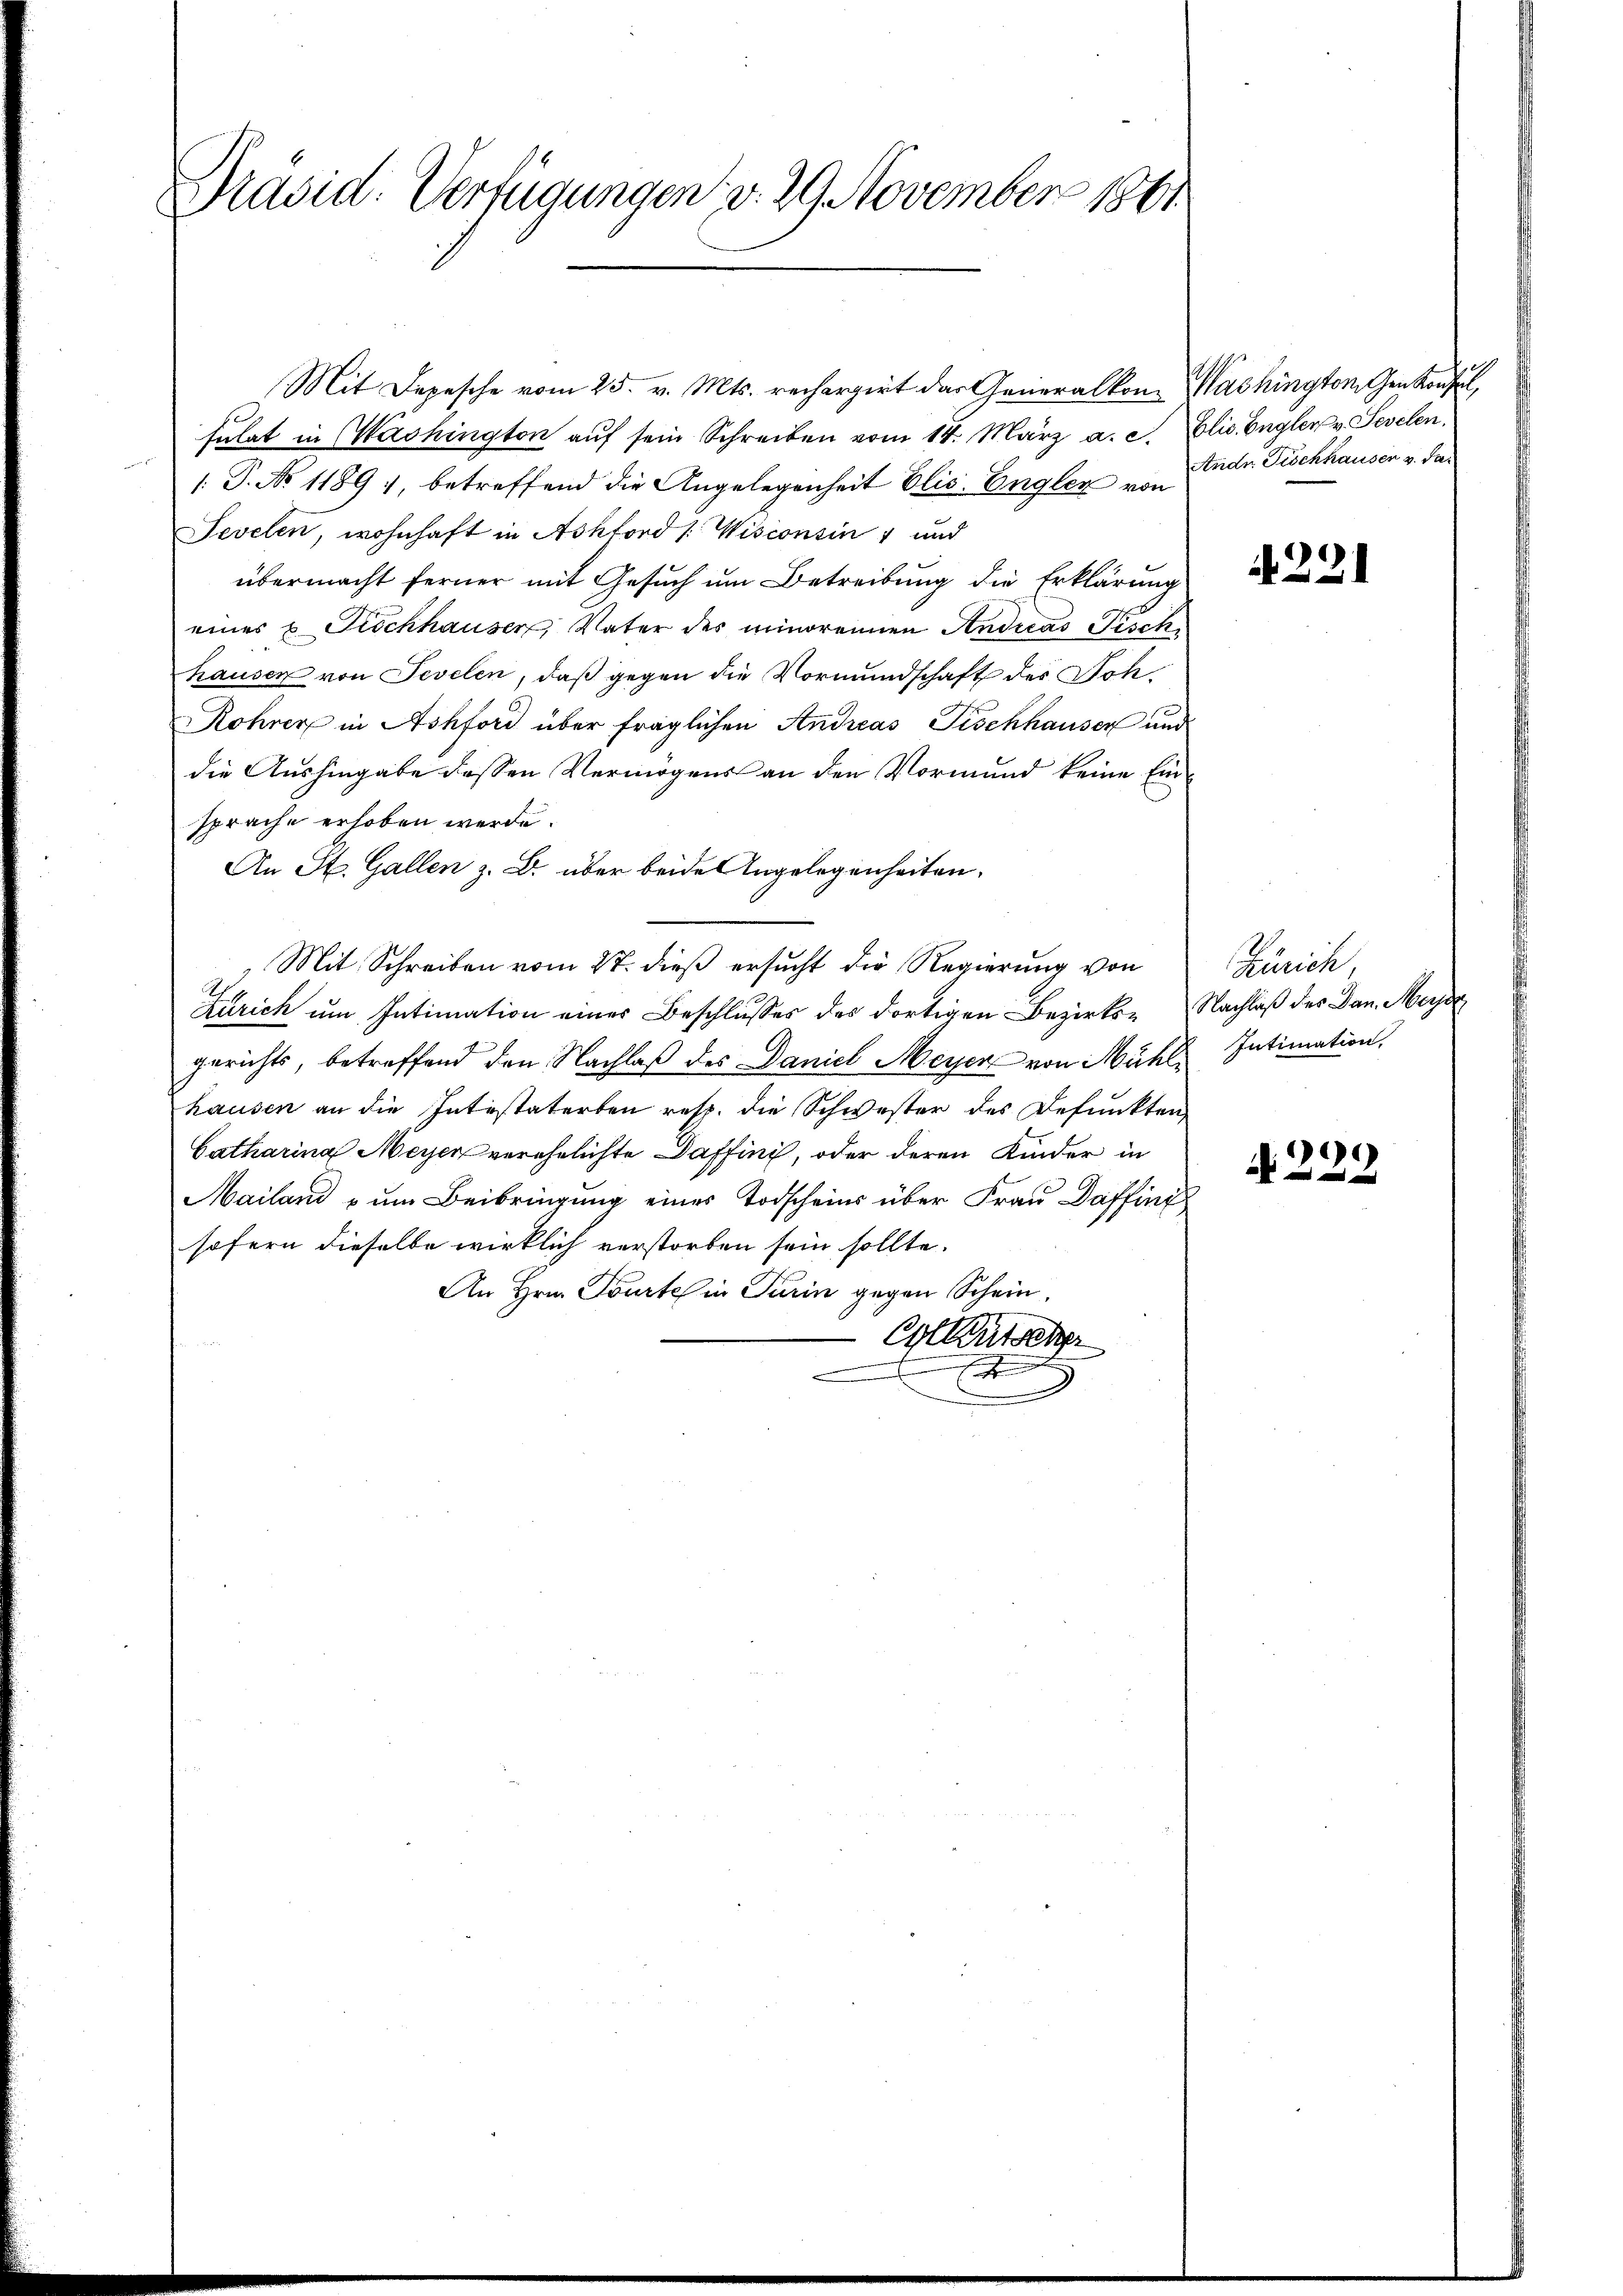
Präsid. Verfügungen v. 29 November 1861

Mit Depesche vom 25. v. Mts. rechargirt das Generalkon- Washington Genkonsul,
sulat in Washington aŭf sein Schreiben vom 14. März a. c. Elis Engler v. Sevelen,
¬
1. P. No 11894, betreffend die Angelegenheit Elis. Engler von Ende Fischhausen v. das
Tevelen, wohnhaft in Achtord [Wisconsin 1 und
übermacht ferner mit Gesuch um Betreibung die Erklärung
eines u. Fischhauser, Vater des minorennen Andreas Tisch
hausen von Sevelen, daß gegen die Vormundschaft des Soh¬
Rohrer in Achford über fraglichen Andreas Tischhausen und
die Aushingabe dessen Vermögens an den Vormund keine Einsprache erhoben werde.
An St. Gallen z. B. über beide Angelegenheiten.
Mit Schreiben vom 27. dieß ersucht die Regierung von
.
Zürich um Intimation einer Beschlusses des dortigen Bezirks- Nachlaß des Dan. Merz
gerichts, betreffend den Nachlaß des Daniel Meyer von Mühl, Intimation,
hausen an die Intestaterben resp. die Schwester des Defunkten
Catharina Meyer verehelichte Daffini, oder deren Kinder in
Mailand – um Beibringung eines Todscheins über Frau Daffing
sofern dieselbe wirklich verstorben sein sollte.
An Hrn. Toutes in Turin gegen Schein¬
Cluse
.

N 221

Zürich

N 222.